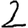
Digit: 2